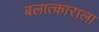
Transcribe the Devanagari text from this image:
बलात्‍काराला